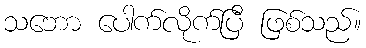
သဘော ပေါက်လိုက်ပြီ ဖြစ်သည်။